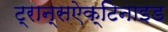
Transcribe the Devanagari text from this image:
ट्रान्सऐक्टिनाइड